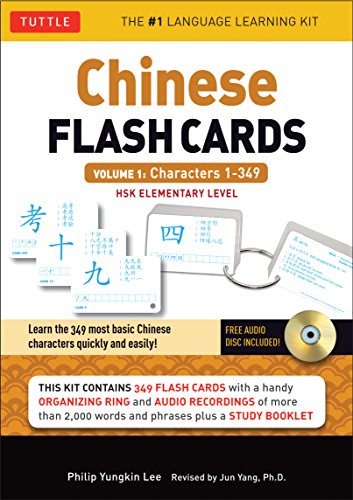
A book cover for Chinese Flash Cards Kit Volume 1: Characters 1-349: HSK Elementary Level (Audio CD Included); Philip Yungkin Lee; Reference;